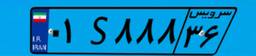
۱۶S۲۸۵۳۶